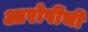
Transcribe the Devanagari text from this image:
आरोपींची